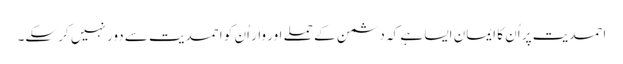
احمدیت پر اُن کا ایمان ایسا ہے کہ دشمن کے حملے اور وار اُن کو احمدیت سے دور نہیں کر سکے۔